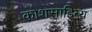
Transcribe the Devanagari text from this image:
कोशसाहित्य